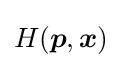
{\textstyle H({\boldsymbol {p}},{\boldsymbol {x}})}